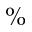
\%